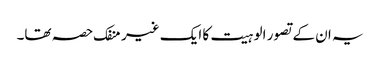
یہ ان کے تصور الوہیت کا ایک غیر منفک حصہ تھا۔